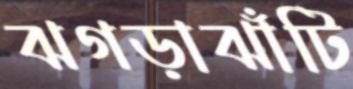
ঝগড়াঝাঁটি